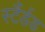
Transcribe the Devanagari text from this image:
स्टैंर्डड